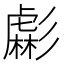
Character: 虨